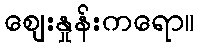
ဈေးနှုန်းကရော။